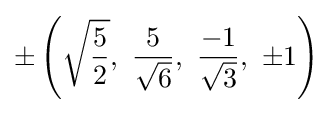
\pm \left({\sqrt {\frac {5}{2}}},\ {\frac {5}{\sqrt {6}}},\ {\frac {-1}{\sqrt {3}}},\ \pm 1\right)